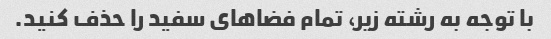
با توجه به رشته زیر، تمام فضاهای سفید را حذف کنید.